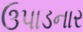
ઉપાડનાર